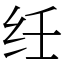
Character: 纴